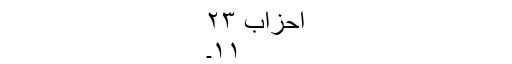
احزاب ٢٣
١١۔